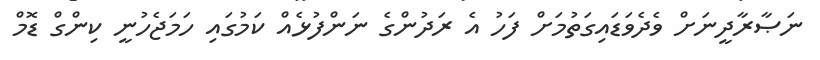
ނަޞާރާދީނަށް ވެދެވަޑައިގަތުމަށް ފަހު އެ ރަދުންގެ ނަންފުޅެއް ކަމުގައި ހަމަޖެހުނީ ކިންގް ޑޮމް